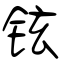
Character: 铉